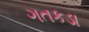
ગતકડા